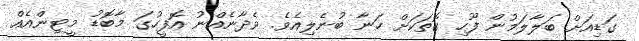
ގަޑިއަށް ބަލާލަމުން ފޫހި ގޮތަކަށް ހަނާ ބުނެލިއެވެ. ވެދާނެއްނު އޮފީހުގަ މާބޮޑު މީޓިންއެއް